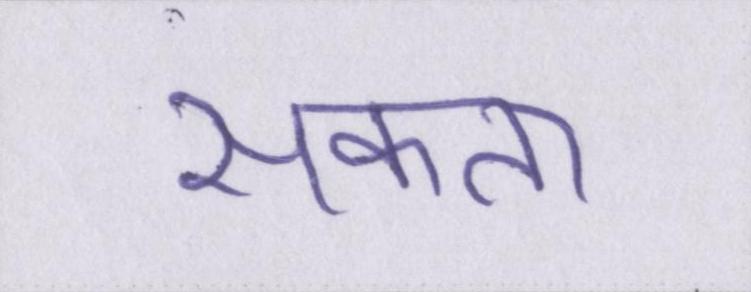
सकता